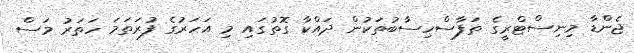
ޖެންޑާ މިނިސްޓްރީގެ ތަފާސްހިސާބުތަކުން ދައްކާ ގޮތުގައި މި އަހަރުގެ ފުރަތަމަ ހަތަރު މަސް